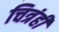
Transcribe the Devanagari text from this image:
चित्रंही